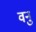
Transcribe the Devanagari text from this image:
वनु